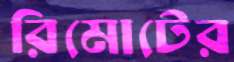
রিমোটের